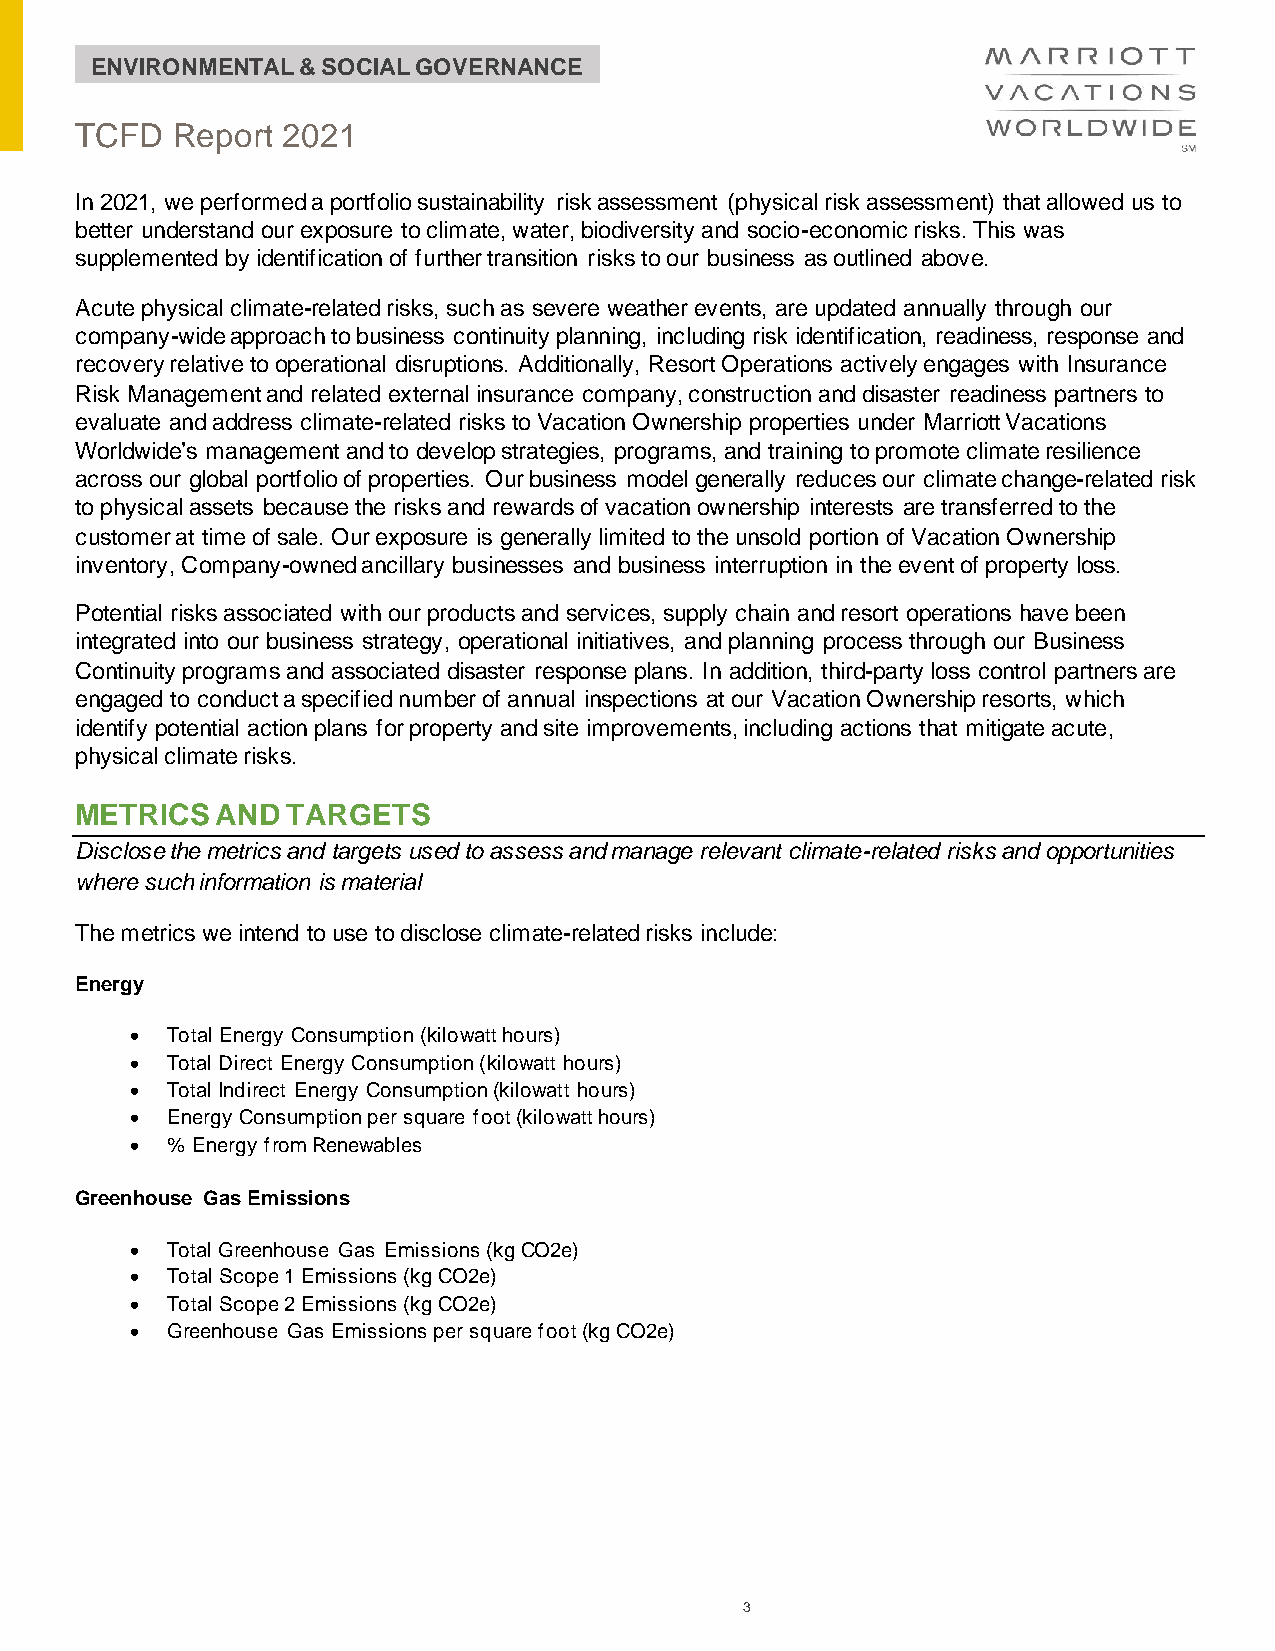
ENVIRONMENTAL & SOCIAL GOVERNANCE
 TCFD   Report 2021
 In 2021, we performed a portfolio sustainability risk assessment (physical risk assessment) that allowed us to
 better understand our exposure to climate, water, biodiversity and socio-economic risks. This was
 supplemented by identification of further transition risks to our business as outlined above.
 Acute physical climate-related risks, such as severe weather events, are updated annually through our
 company-wide approach to business continuity planning, including risk identification, readiness, response and
 recovery relative to operational disruptions. Additionally, Resort Operations actively engages with Insurance
 Risk Management and related external insurance company, construction and disaster readiness partners to
 evaluate and address climate-related risks to Vacation Ownership properties under Marriott Vacations
 Worldwide’s management and to develop strategies, programs, and training to promote climate resilience
 across our global portfolio of properties. Our business model generally reduces our climate change-related risk
 to physical assets because the risks and rewards of vacation ownership interests are transferred to the
 customer at time of sale. Our exposure is generally limited to the unsold portion of Vacation Ownership
 inventory, Company-owned ancillary businesses and business interruption in the event of property loss.
 Potential risks associated with our products and services, supply chain and resort operations have been
 integrated into our business strategy, operational initiatives, and planning process through our Business
 Continuity programs and associated disaster response plans. In addition, third-party loss control partners are
 engaged to conduct a specified number of annual inspections at our Vacation Ownership resorts, which
 identify potential action plans for property and site improvements, including actions that mitigate acute,
 physical climate risks.
 METRICS  AND  TARGETS
 Disclose the metrics and targets used to assess and manage relevant climate-related risks and opportunities
 where such information is material
 The metrics we intend to use to disclose climate-related risks include:
 Energy
 • Total Energy Consumption (kilowatt hours)
 • Total Direct Energy Consumption (kilowatt hours)
 • Total Indirect Energy Consumption (kilowatt hours)
 • Energy Consumption per square foot (kilowatt hours)
 • % Energy from Renewables
 Greenhouse Gas Emissions
 • Total Greenhouse Gas Emissions (kg CO2e)
 • Total Scope 1 Emissions (kg CO2e)
 • Total Scope 2 Emissions (kg CO2e)
 • Greenhouse Gas Emissions per square foot (kg CO2e)
 3